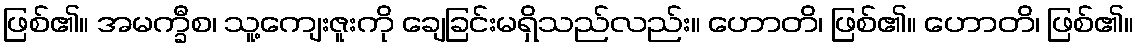
ဖြစ်၏။ အမက္ခီစ၊ သူ့ကျေးဇူးကို ချေခြင်းမရှိသည်လည်း။ ဟောတိ၊ ဖြစ်၏။ ဟောတိ၊ ဖြစ်၏။